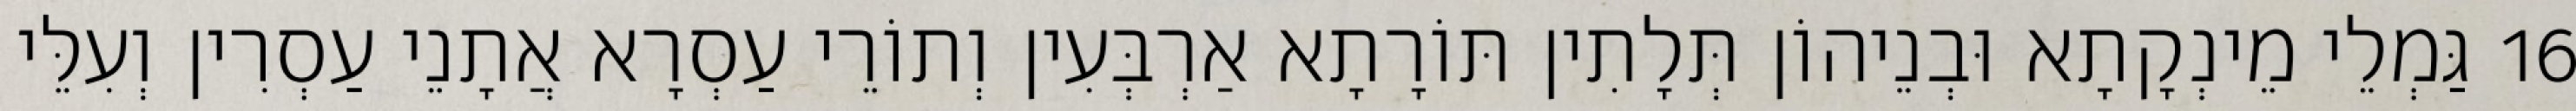
16 גַּמְלֵי מֵינְקָתָא וּבְנֵיהוֹן תְּלָתִין תּוֹרָתָא אַרְבְּעִין וְתוֹרֵי עַסְרָא אֲתָנֵי עַסְרִין וְעִלֵּי